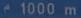
1000 m